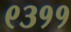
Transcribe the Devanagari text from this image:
९३११